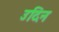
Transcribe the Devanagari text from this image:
उदिन